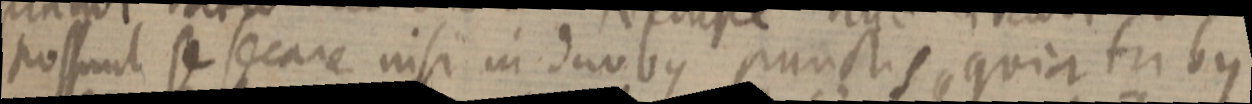
possunt se secare nisi in duobus punctis quia tribus